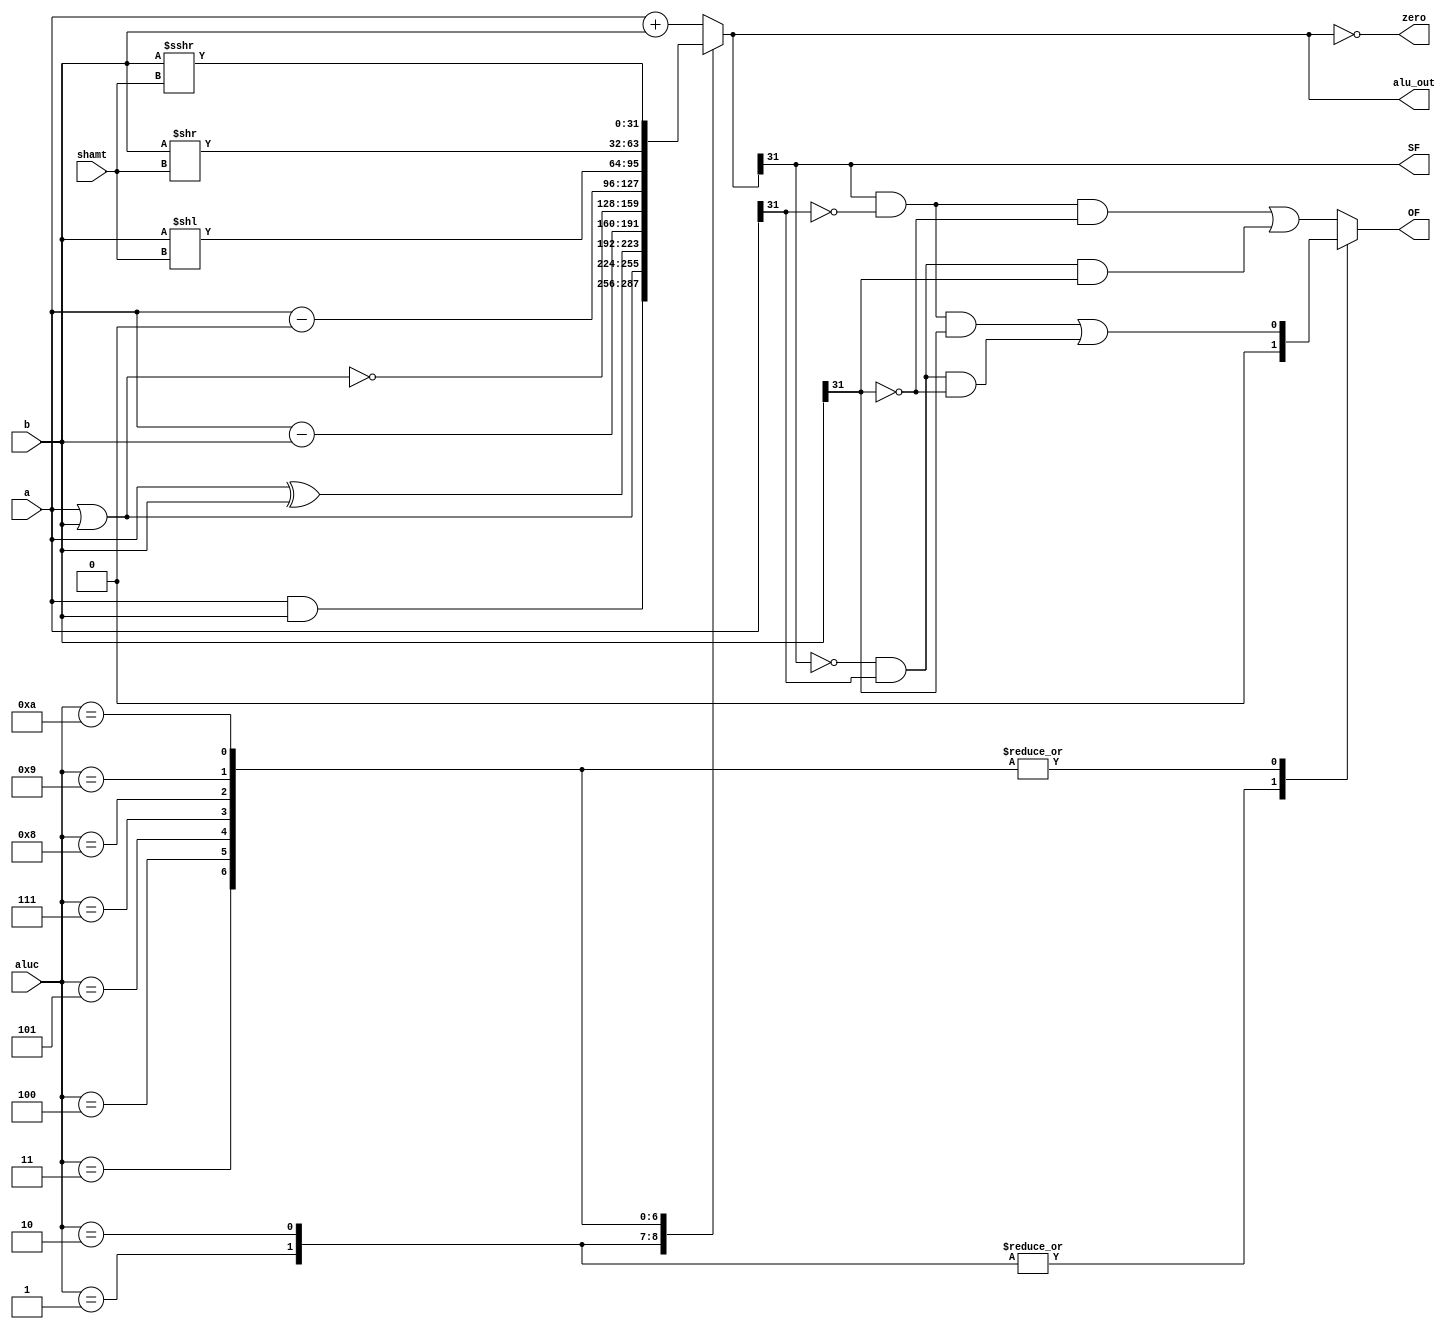

//////////////////////////////////////////////////////////////////////////////////
// Company: 
// Engineer: 
// 
// Design Name: 
// Module Name:    alu 
// Project Name: 
// Target Devices: 
// Tool versions: 
// Description: 
//
// Dependencies: 
//
// Revision: 
// Revision 0.01 - File Created
// Additional Comments: 
//
//////////////////////////////////////////////////////////////////////////////////
module ALU(shamt,a,b,aluc,alu_out,zero,OF,SF);
	 input[31:0]a,b;
	 input[4:0] shamt;
	 input [3:0]aluc;//4 bit
	 output [31:0]alu_out;
	 output zero;
	 output OF;
	 output SF;

	 reg[31:0]alu_out;
	 reg zero;
	 reg OF;
	 reg SF;
	 always@(*)//a,b,aluc,alu_out
	 begin
		case(aluc)
			4'b0000: //ADD
			begin
			alu_out<=a+b;
			OF<=((alu_out[31]&!a[31]&!b[31])||(!alu_out[31]&a[31]&b[31]));
			SF<=alu_out[31];
			end
			4'b0001: //AND
			begin
			alu_out<=a&b;
			OF<=0;
			SF<=alu_out[31];
			end
			4'b0010: //OR
			begin
			alu_out<=a|b;
			OF<=0;
			SF<=alu_out[31];
			end
			4'b0011://XOR
			begin
			alu_out<=a^b;
			OF<=((alu_out[31]&!a[31]&b[31])||(!alu_out[31]&a[31]&!b[31]));
			SF<=alu_out[31];
			end

			4'b0100://SUB
			begin
			alu_out<=a-b;
			OF<=((alu_out[31]&!a[31]&b[31])||(!alu_out[31]&a[31]&!b[31]));
			SF<=alu_out[31];
			end
			4'b0101://NOR
			begin
			alu_out<=~(a|b);
			OF<=((alu_out[31]&!a[31]&b[31])||(!alu_out[31]&a[31]&!b[31]));
			SF<=alu_out[31];
			end
			4'b0111://BLGEZ
			begin
			alu_out<=a-0;
			OF<=((alu_out[31]&!a[31]&b[31])||(!alu_out[31]&a[31]&!b[31]));
			SF<=alu_out[31];
			end
			4'b1000://SLL|SLLV
			begin
			alu_out<=b<<shamt;
			OF<=((alu_out[31]&!a[31]&b[31])||(!alu_out[31]&a[31]&!b[31]));
			SF<=alu_out[31];
			end
			4'b1001://SRL|SRLV
			begin
			alu_out<=b>>shamt;
			OF<=((alu_out[31]&!a[31]&b[31])||(!alu_out[31]&a[31]&!b[31]));
			SF<=alu_out[31];
			end
			4'b1010://SRA|SRAV
			begin
			alu_out<=($signed (b))>>>shamt;
			OF<=((alu_out[31]&!a[31]&b[31])||(!alu_out[31]&a[31]&!b[31]));
			SF<=alu_out[31];
			end
			default: 
			begin
			alu_out<=a+b;
			OF<=((alu_out[31]&!a[31]&!b[31])||(!alu_out[31]&a[31]&b[31]));
			SF<=alu_out[31];
			end
		endcase
		zero<=(alu_out==32'h00000000);
	end
endmodule